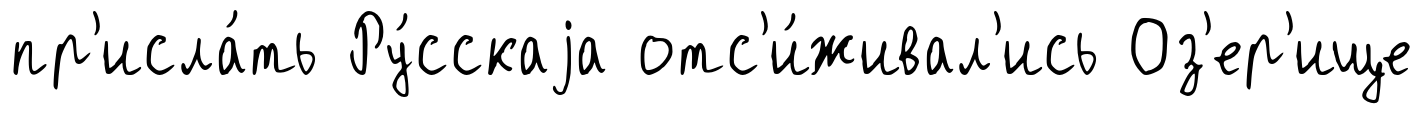
пр'исла́ть Ру́сскаjа отс'и́живал'ись Оз'ер'ище